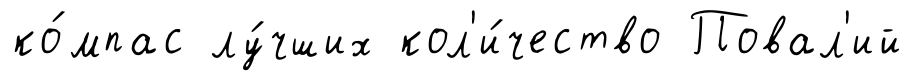
ко́мпас лу́чших кол'и́чество Повал'ий